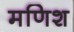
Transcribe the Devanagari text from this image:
मणिश